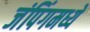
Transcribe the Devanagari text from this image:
जंपिंगमध्ये